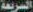
السريعة